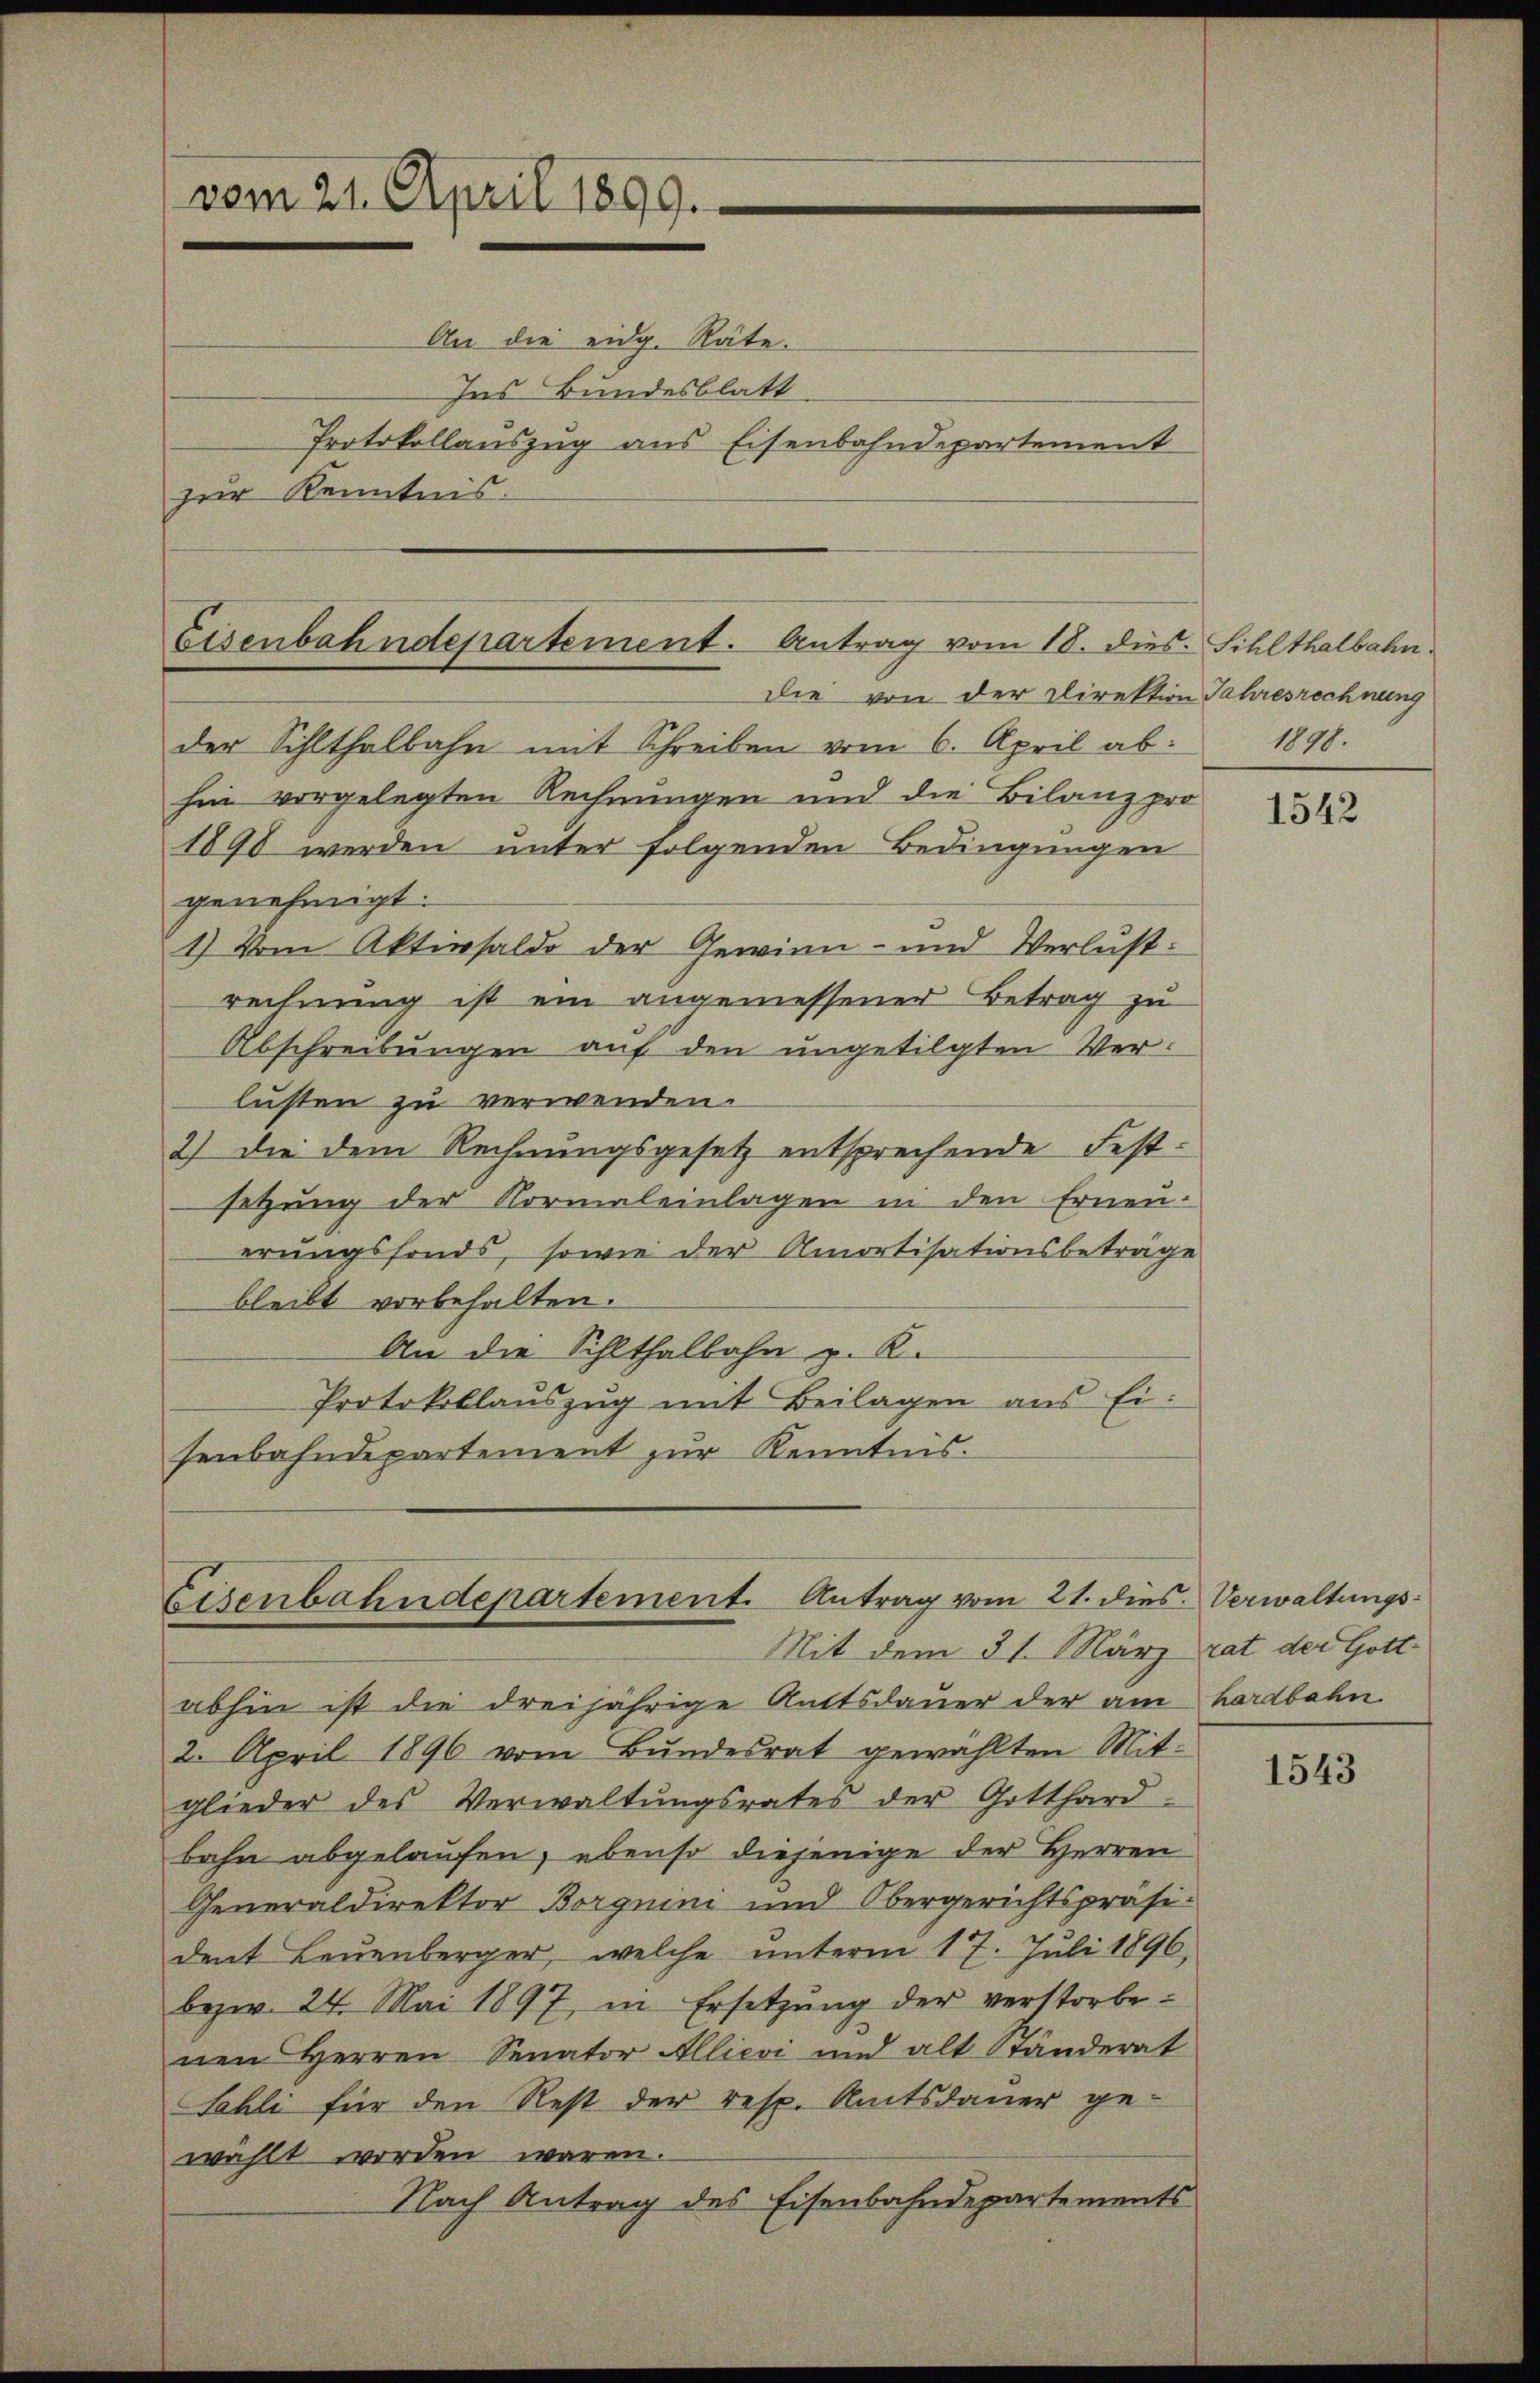
vom 21. April 1899.

An die eidg. Räte.
Ins Bundesblatt
Protokollauszug aus Eisenbahndepartement
zur Kenntnis.

Eisenbahndepartement. Antrag vom 18. dies Sihlthalbahn

die von der Direktion Jahresrechnung
der Sihlthalbahn mit Schreiben vom 6. April ab:
hin vorgelegten Rechnungen und die Bilanz pro
1890 werden unter folgenden Bedingungen
genehmigt.
1) Vom Aktivsaldo der Gewinn- und Verlustrechnung ist ein angemessener Betrag zu
Abschreibungen auf den ungetilgten Verlüsten zu verwenden.
2) die dem Rechnungsgesetz entsprechende Festsetzung der Normaleinlagen in den Erneuerungsfonds, sowie der Amortisationsbeträge
bleibt vorbehalten.
An die Schlthalbahn z. K.
Protokollauszug mit Beilagen aus Ei-
senbahndepartement zur Kenntnis.

Eisenbahndepartement. Antrag vom 21. dies Verwaltungs¬
Mit dem 31. März rat der Gott¬

abhin ist die dreijährige Amtsdauer der am hardbahn.
2. April 1896 vom Bundesrat gewählten Mit-
glieder des Verwaltŭngsrates der Gotthard-
bahn abgelaufen, ebenso diejenige der Herren
Generaldirektor Borgnini und Obergerichtspräsident Leuenberger, welche unterm 17. Juli 1896,
bezw. 24. Mai 1897, in Ersetzŭng der verstorbe-
nen Herren Senator Allievi und alt Ständerat
Sahli für den Rest der resp. Amtsdauer ge-
wählt worden waren.
Nach Antrag des Eisenbahndepartements

1090.

1542

1543